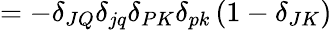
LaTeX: =-\delta_{JQ}\delta_{jq}\delta_{PK}\delta_{pk}\left(1-\delta_{JK}\right)